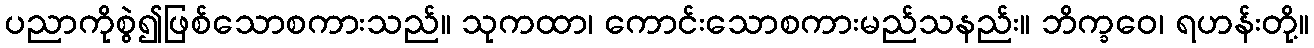
ပညာကိုစွဲ၍ဖြစ်သောစကားသည်။ သုကထာ၊ ကောင်းသောစကားမည်သနည်း။ ဘိက္ခဝေ၊ ရဟန်းတို့။